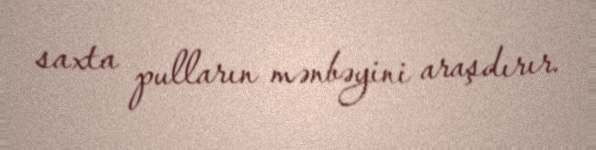
saxta pulların mənbəyini araşdırır.